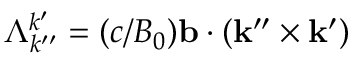
\Lambda _ { k ^ { \prime \prime } } ^ { k ^ { \prime } } = ( c / B _ { 0 } ) \mathbf { b } \cdot ( \mathbf { k } ^ { \prime \prime } \times \mathbf { k } ^ { \prime } )